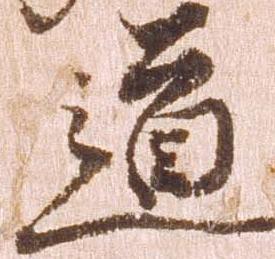
道